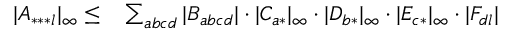
\begin{array} { r l } { | A _ { * * * l } | _ { \infty } \leq } & { { } \sum _ { a b c d } | B _ { a b c d } | \cdot | C _ { a * } | _ { \infty } \cdot | D _ { b * } | _ { \infty } \cdot | E _ { c * } | _ { \infty } \cdot | F _ { d l } | } \end{array}